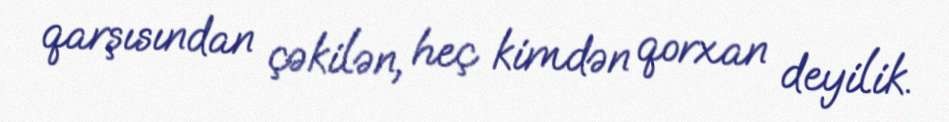
qarşısından çəkilən, heç kimdən qorxan deyilik.